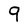
Character: 9